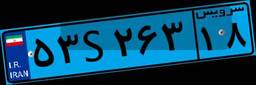
۵۳S۲۶۳۱۸